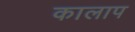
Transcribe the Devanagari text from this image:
कालाप